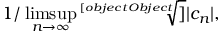
1 / \operatorname* { l i m s u p } _ { n \rightarrow \infty } { \sqrt [ [object Object] ] { | c _ { n } | } } ,